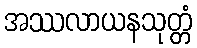
အဿလာယနသုတ္တံ